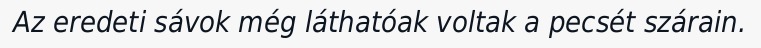
Az eredeti sávok még láthatóak voltak a pecsét szárain.